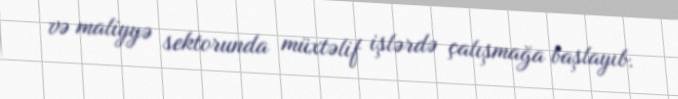
və maliyyə sektorunda müxtəlif işlərdə çalışmağa başlayıb.